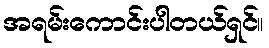
အရမ်းကောင်းပါတယ်ရှင်။